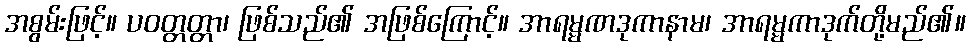
အစွမ်းဖြင့်။ ပဝတ္တတ္တာ၊ ဖြစ်သည်၏ အဖြစ်ကြောင့်။ အာရမ္မဏဒုကာနာမ၊ အာရမ္မကာဒုက်တို့မည်၏။